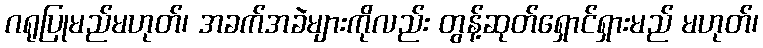
ဂရုပြုမည်မဟုတ်၊ အခက်အခဲများကိုလည်း တွန့်ဆုတ်ရှောင်ရှားမည် မဟုတ်၊